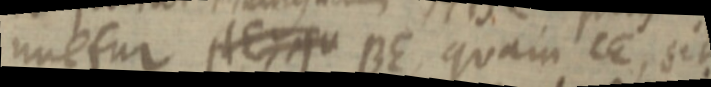
nvetur AE _ BE quam CE, sit